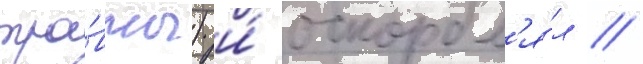
тра́вмы) и́ оскорбл'я́л //